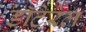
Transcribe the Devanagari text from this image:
डॉटेरेल